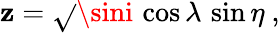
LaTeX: \mathbf{z}=\sqrt{}{{\sini\, \cos\lambda\, \sin\eta}}\ ,